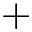
+